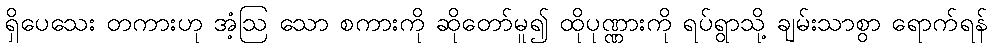
ရှိပေသေး တကားဟု အံ့ဩ သော စကားကို ဆိုတော်မူ၍ ထိုပုဏ္ဏားကို ရပ်ရွာသို့ ချမ်းသာစွာ ရောက်ရန်